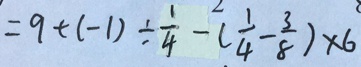
= 9 + ( - 1 ) \div \frac { 1 } { 4 } - ( \frac { 1 } { 4 } - \frac { 3 } { 8 } ) \times 6